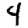
Digit: 4